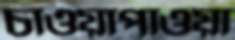
চাওয়াপাওয়া